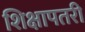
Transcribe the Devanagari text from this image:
शिक्षापतरी